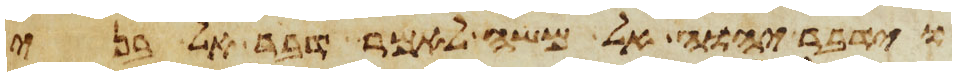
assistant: וידבר יהוה אל משה לאמר דבר אל בני